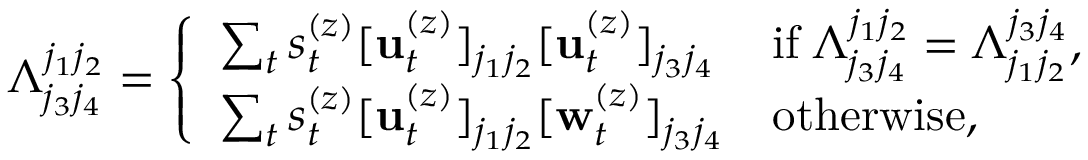
\Lambda _ { j _ { 3 } j _ { 4 } } ^ { j _ { 1 } j _ { 2 } } = \left\{ \begin{array} { l l } { \sum _ { t } s _ { t } ^ { ( z ) } [ \mathbf { u } _ { t } ^ { ( z ) } ] _ { j _ { 1 } j _ { 2 } } [ \mathbf { u } _ { t } ^ { ( z ) } ] _ { j _ { 3 } j _ { 4 } } } & { \mathrm { i f } \; \Lambda _ { j _ { 3 } j _ { 4 } } ^ { j _ { 1 } j _ { 2 } } = \Lambda _ { j _ { 1 } j _ { 2 } } ^ { j _ { 3 } j _ { 4 } } , } \\ { \sum _ { t } s _ { t } ^ { ( z ) } [ \mathbf { u } _ { t } ^ { ( z ) } ] _ { j _ { 1 } j _ { 2 } } [ \mathbf { w } _ { t } ^ { ( z ) } ] _ { j _ { 3 } j _ { 4 } } } & { \mathrm { o t h e r w i s e } , } \end{array} \right.